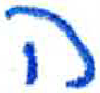
אות: ה